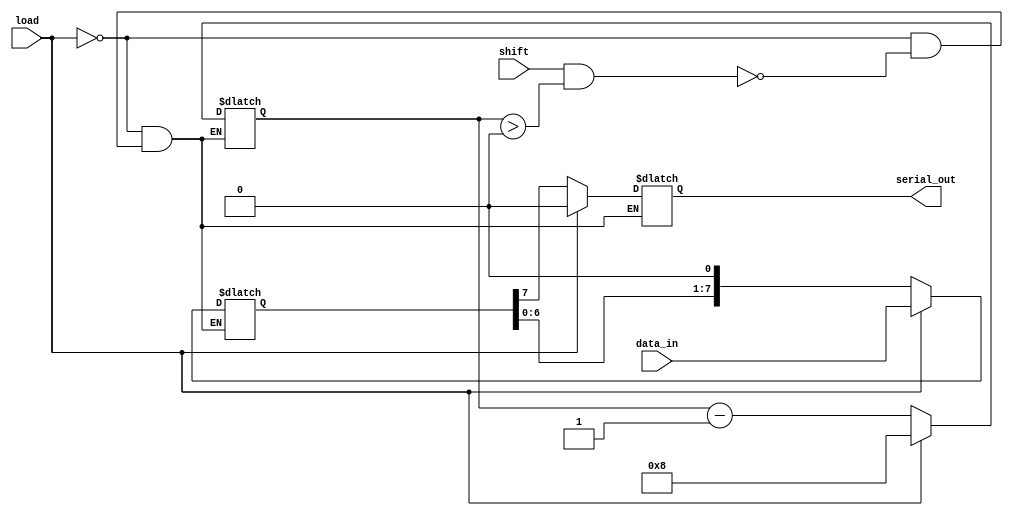
module PISO_Register #(
    parameter N = 8  // Width of the register
)(
    input wire [N-1:0] data_in,  // Parallel data input
    input wire load,              // Asynchronous load signal
    input wire shift,             // Asynchronous shift signal
    output reg serial_out         // Serial output
);

    reg [N-1:0] shift_reg;        // Internal shift register
    reg [3:0] bit_count;          // Counter to track bits shifted out

    always @* begin
        // Load operation
        if (load) begin
            shift_reg = data_in;   // Load parallel data into shift register
            bit_count = N;          // Reset bit count to N
            serial_out = 1'b0;      // Reset serial output during load
        end
        // Shift operation
        else if (shift && bit_count > 0) begin
            serial_out = shift_reg[N-1]; // Output MSB
            shift_reg = shift_reg << 1;  // Shift left
            bit_count = bit_count - 1;    // Decrement bit count
        end
        else begin
            serial_out = serial_out;      // Maintain current output
        end
    end

endmodule